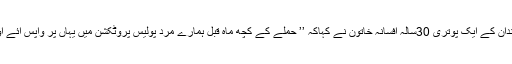
فی الحال پانچ کیلومیٹر دور پالادہ گاؤں مقیم خاندان کے ایک پوتری 30سالہ افسانہ خاتون نے کہاکہ ’’ حملے کے کچھ ماہ قبل ہمارے مرد پولیس پروٹکشن میں یہاں پر واپس ائے اور دیکھ لو ٹ مار کے بعد یہاں پر بچا کیا ہے۔